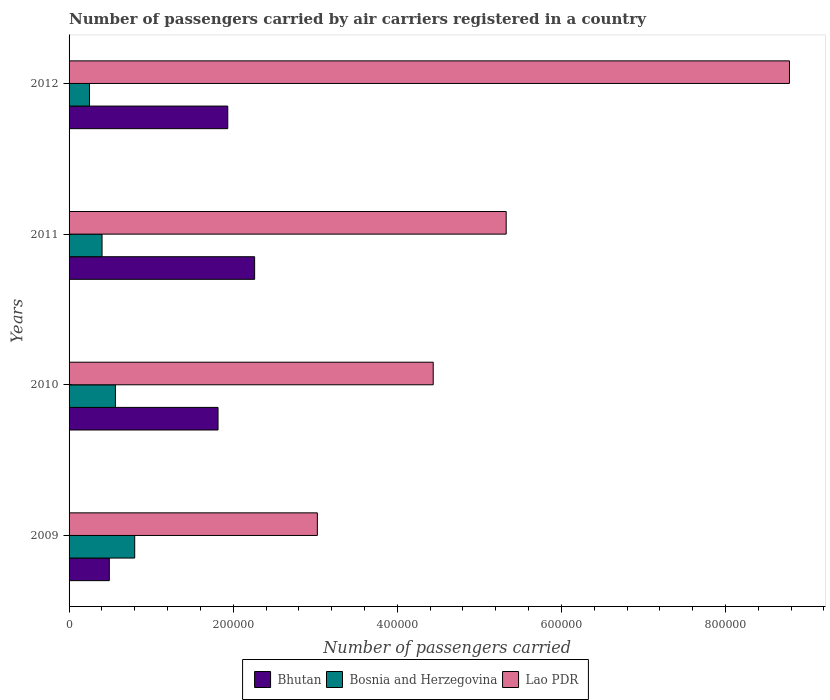
| Years | Bhutan | Bosnia and Herzegovina | Lao PDR |
 | --- | --- | --- | --- |
 | 2009 | 4.91e+04 | 8e+04 | 3.03e+05 |
 | 2010 | 1.82e+05 | 5.65e+04 | 4.44e+05 |
 | 2011 | 2.26e+05 | 4.02e+04 | 5.33e+05 |
 | 2012 | 1.93e+05 | 2.49e+04 | 8.78e+05 |